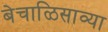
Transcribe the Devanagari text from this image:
बेचाळिसाव्या